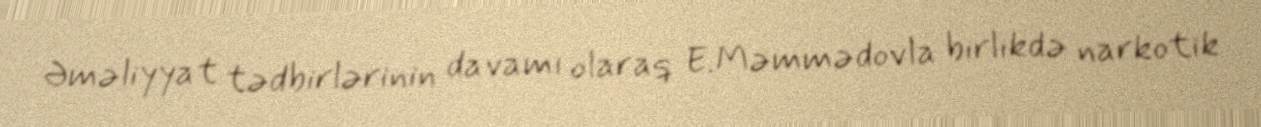
Əməliyyat tədbirlərinin davamı olaraq E.Məmmədovla birlikdə narkotik